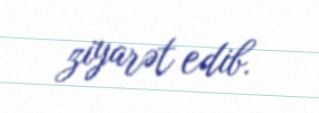
ziyarət edib.